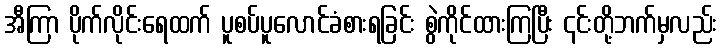
အီကြာ ပိုက်လိုင်းရေထက် ပူစပ်ပူလောင်ခံစားရခြင်း စွဲကိုင်ထားကြပြီး ၎င်းတို့ဘက်မှလည်း